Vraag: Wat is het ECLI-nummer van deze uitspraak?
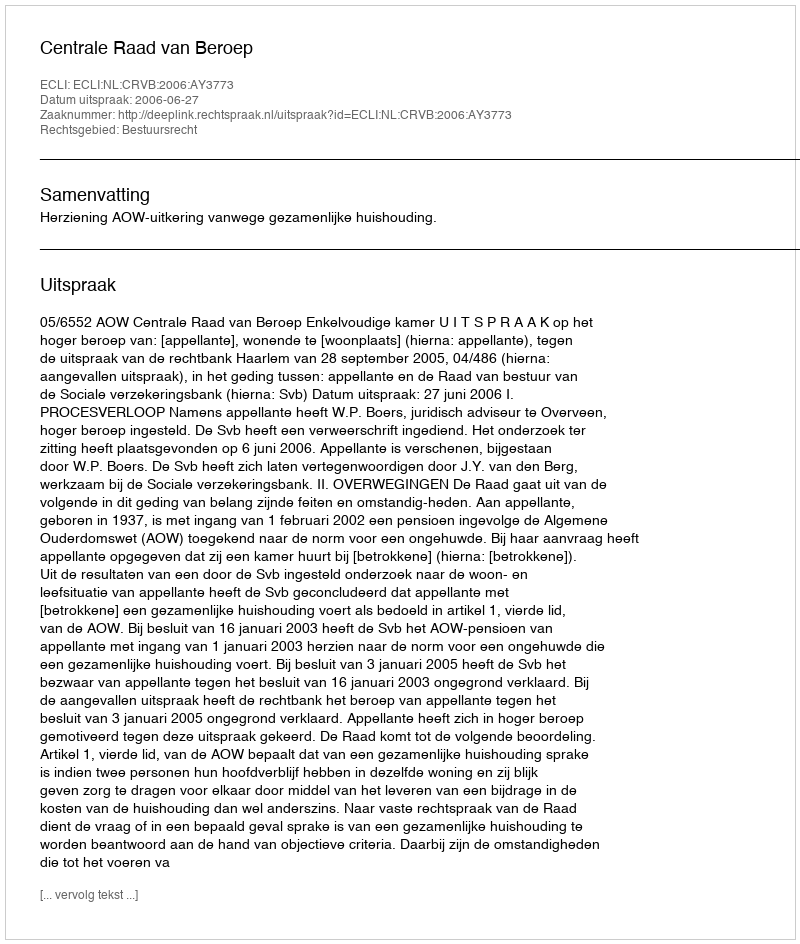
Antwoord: ECLI:NL:CRVB:2006:AY3773